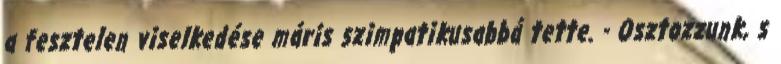
a fesztelen viselkedése máris szimpatikusabbá tette. - Osztozzunk, s